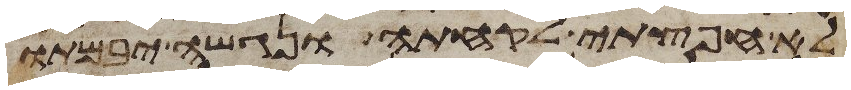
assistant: לא חפצתי לקחתה ונגשה יבמתו